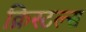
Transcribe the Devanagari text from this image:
क्रिस्टल्स